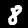
Digit: 8